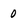
Character: 0